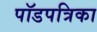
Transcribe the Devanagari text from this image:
पॉडपत्रिका